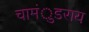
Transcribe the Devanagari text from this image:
चामंुडराय